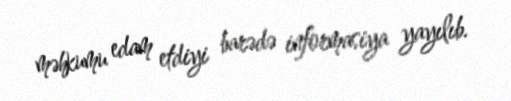
məhkumu edam etdiyi barədə informasiya yayılıb.